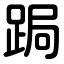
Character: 跼